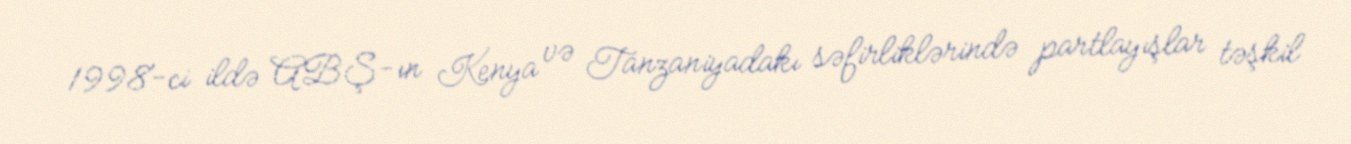
1998-ci ildə ABŞ-ın Kenya və Tanzaniyadakı səfirliklərində partlayışlar təşkil